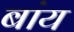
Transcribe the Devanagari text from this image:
बांय